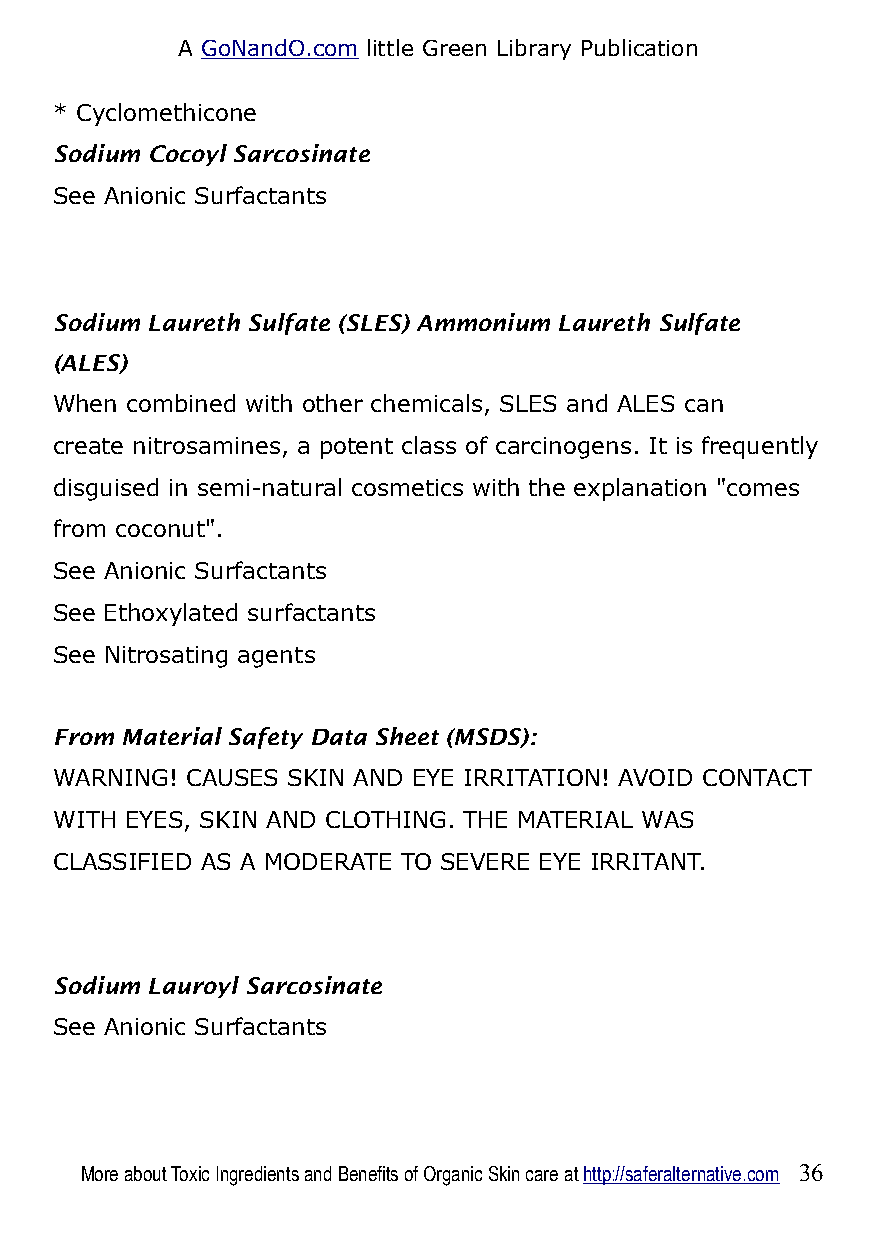
A GoNandO.com little Green Library Publication
 * Cyclomethicone
 Sodium Cocoyl Sarcosinate
 See Anionic Surfactants
 Sodium Laureth Sulfate (SLES) Ammonium Laureth Sulfate
 (ALES)
 When combined with other chemicals, SLES and ALES can
 create nitrosamines, a potent class of carcinogens. It is frequently
 disguised in semi-natural cosmetics with the explanation "comes
 from coconut".
 See Anionic Surfactants
 See Ethoxylated surfactants
 See Nitrosating agents
 From Material Safety Data Sheet (MSDS):
 WARNING! CAUSES SKIN AND EYE IRRITATION! AVOID CONTACT
 WITH EYES, SKIN AND CLOTHING. THE MATERIAL WAS
 CLASSIFIED AS A MODERATE TO SEVERE EYE IRRITANT.
 Sodium Lauroyl Sarcosinate
 See Anionic Surfactants
 More about Toxic Ingredients and Benefits of Organic Skin care at http://saferalternative.com 36